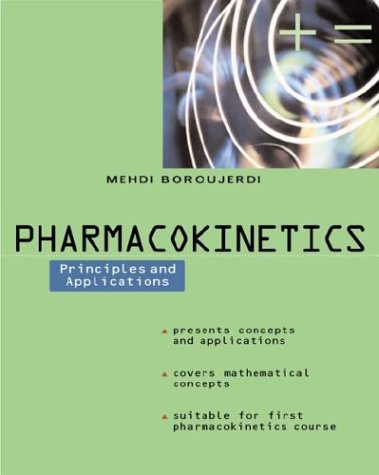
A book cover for Pharmacokinetics  : Principles and Applications; Mehdi Boroujerdi; Medical Books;